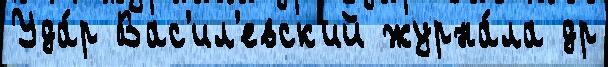
Уда́р Вас'ил'евск'ий журна́ла др